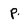
Character: p